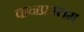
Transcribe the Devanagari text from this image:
वानप्रस्तम